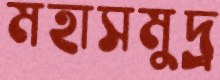
মহাসমুদ্র্র